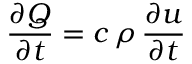
{ \frac { \partial Q } { \partial t } } = c \, \rho \, { \frac { \partial u } { \partial t } }